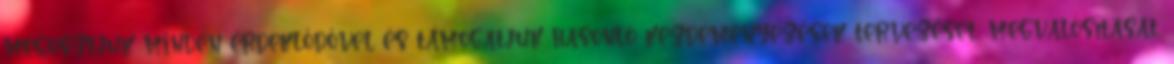
megosztjuk minden érdeklődővel és támogatjuk hasonló kezdeményezések tervezését, megvalósítását.